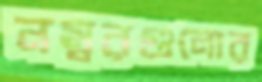
নম্বরগুলোর